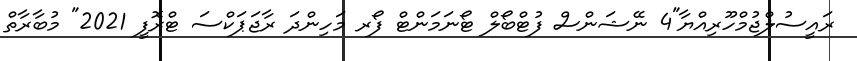
ރައީސުލްޖުމްހޫރިއްޔާ"4 ނޭޝަންސް ފުޓްބޯލް ޓޯނަމަންޓް ފޯރ މަހިންދަ ރާޖަޕަކްސަ ޓްރޮފީ 2021" މުބާރާތް